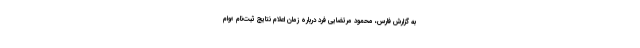
به گزارش فارس، محمود مرتضایی فرد درباره زمان اعلام نتایج ثبت‌نام «وام